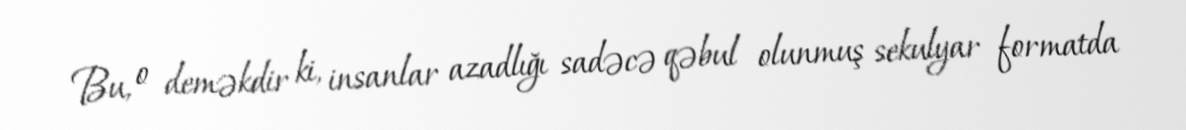
Bu, o deməkdir ki, insanlar azadlığı sadəcə qəbul olunmuş sekulyar formatda